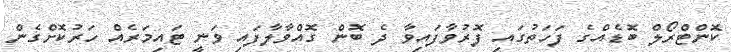
ކޮންޓްރޯލް ބޮޑެއްގެ ފަހަތުގައި ފޮރުވާފައިވާ ދެ ބޮން ގޮއްވާލާފައި ވަނީ ޓައިމަރެއް ހަރުކޮށްގެން